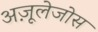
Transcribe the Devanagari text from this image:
अज़ूलेजोस